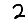
Digit: 2